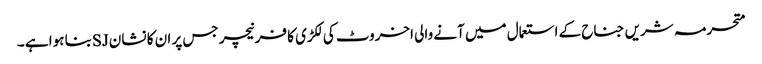
متحرمہ شریں جناح کے استعمال میں آنے والی اخروٹ کی لکڑی کا فرنیچر جس پر ان کا نشان SJبنا ہوا ہے ۔